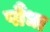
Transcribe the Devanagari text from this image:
पौंधा